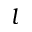
l